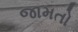
જામતો